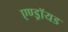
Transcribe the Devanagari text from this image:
एण्ड्रॉयड